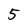
Character: 5